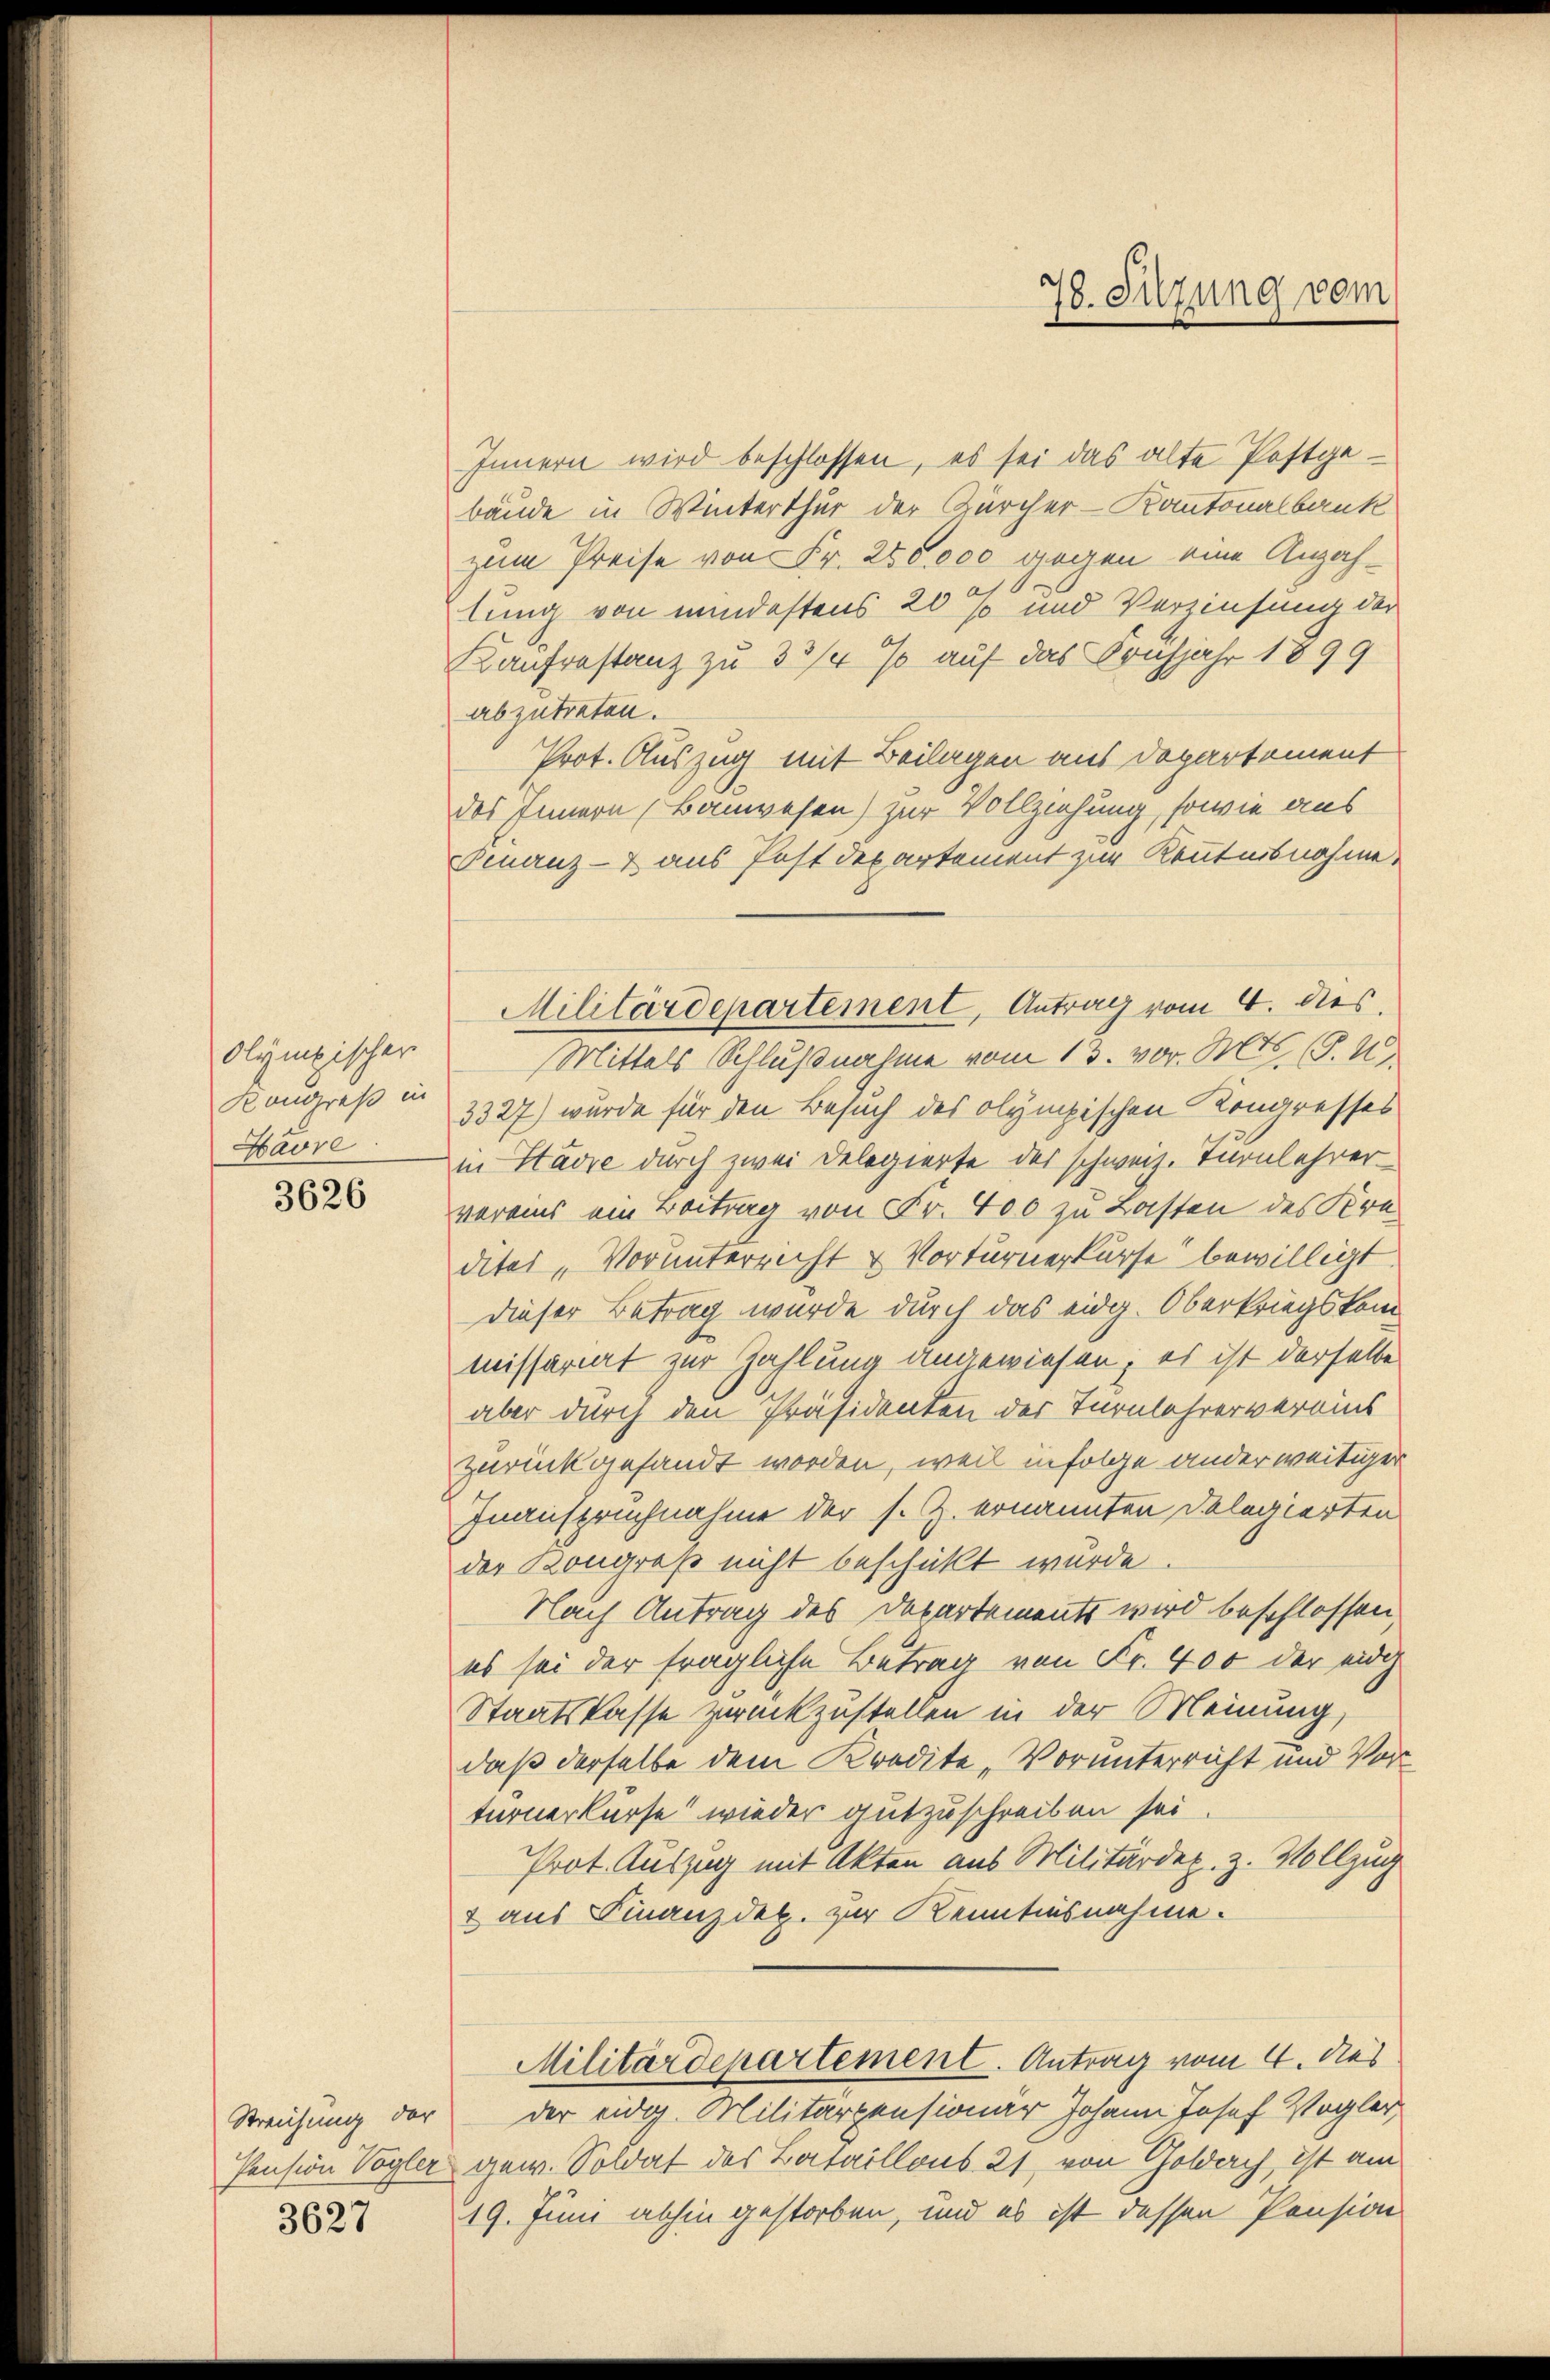
olymischer
Kongreß in
Havre

3626

Streichung der

3627

Innern wird beschlossen, es sei das alte Postgebäude in Winterthur der Zürcher-Kantonalbank
zum Preise von Fr. 280,000 gegen eine Anzah¬
1.
lung von mindestens 20 % und Verzinsung der
Kaufrestanz zu 3 3/4 % auf das Frühjahr 1899
abzutreten.
Prot. Auszug mit Beilagen aus Departement
des Innern (Bauwesen) zur Vollziehung, sowie aus
Finanz- & aus Postdepartement zur Kenntnisnahme,
Mittels Schlußnahme vom 13. vor. Mts. (T. U
3327) wurde für den Besuch des olympischen Kongresses
in Stavre durch zwei Delegierte des schweiz. Turnlehrervorains ein Beitrag von Fr. 400 zu Lasten des Kredites „Vorunterricht u Vorturnerkurse bewilligt.
dieser Betrag wurde durch das eidg. Oberkriegskommissariat zur Zahlung angewiesen; es ist derselbe
aber durch den Präsidenten der Turnlehrervereins
zurückgesandt worden, weil infolge ander weitiger
Inanspruchnahme der s. Z. ernannten Delegierten
der Kongreß nicht beschickt wurde.
Nach Antrag des Departements wird beschlossen,
es sei der fragliche Betrag von Fr. 400 der eidg
Staatskasse zurückzustellen in der Meinung,
daß derselbe dem Kredite, Vorunterricht und Vorturnerkurse wieder gutzuschreiben sei
Prot. Auszug mit Akten aus Militärdep. z. Vollzug
2 aus Finanzdek. zur Kenntnisnahme.
Militärdepartement. Antrag vom 4. Aus
der eidg. Militärpensionar Johann Josef Vogler
Pension Vogler gew. Soldat des Bataillons 21, von Goldach, ist am
19. Juni abhin gestorben, und es ist dessen Pension

Militärdepartement, Antrag vom 4. dies

78. Sitzung vom